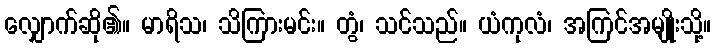
လျှောက်ဆို၏။ မာရိသ၊ သိကြားမင်း။ တွံ၊ သင်သည်။ ယံကုလံ၊ အကြင်အမျိုးသို့။